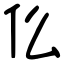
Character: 仫